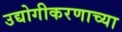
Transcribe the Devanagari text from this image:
उद्योगीकरणाच्या